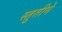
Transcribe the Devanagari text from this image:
स्तुतीने